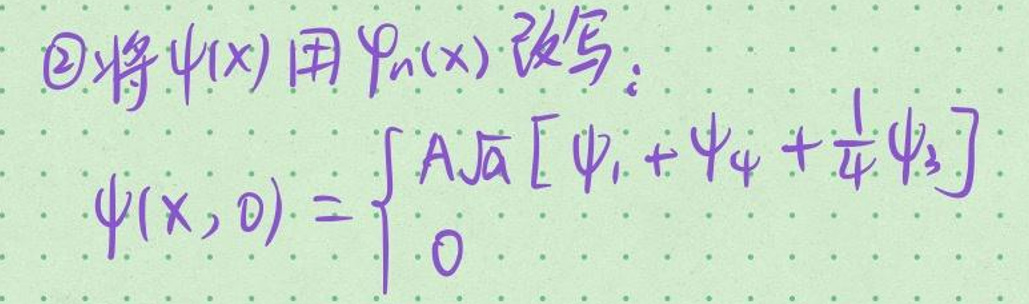
\textcircled{2}将\(\psi(x)\)用\(\varphi_n(x)\)改写：

\(\psi(x,0)=\sqrt{\frac{A}{a}}\left[\varphi_1+\varphi_4+\frac{1}{4}\varphi_3\right]\)